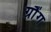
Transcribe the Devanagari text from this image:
ग्रौंग